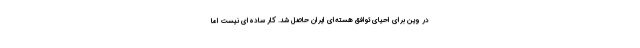
در وین برای احیای توافق هسته‌ای ایران حاصل شد. کار ساده‌ای نیست اما